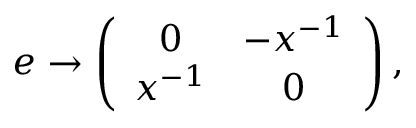
e \rightarrow \left( \begin{array} { c c } { { 0 } } & { { - x ^ { - 1 } } } \\ { { x ^ { - 1 } } } & { { 0 } } \end{array} \right) ,